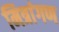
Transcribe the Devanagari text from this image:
मित्रांगण